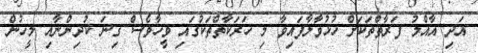
އަދި އާއްމު ފަރާތްތަކަށް ހުޅުވާލާފައިވާ މި ހަރަކާތްތަކުގައި ވީހާވެސް ގިނަ ކުދިންނާއި މީހުން